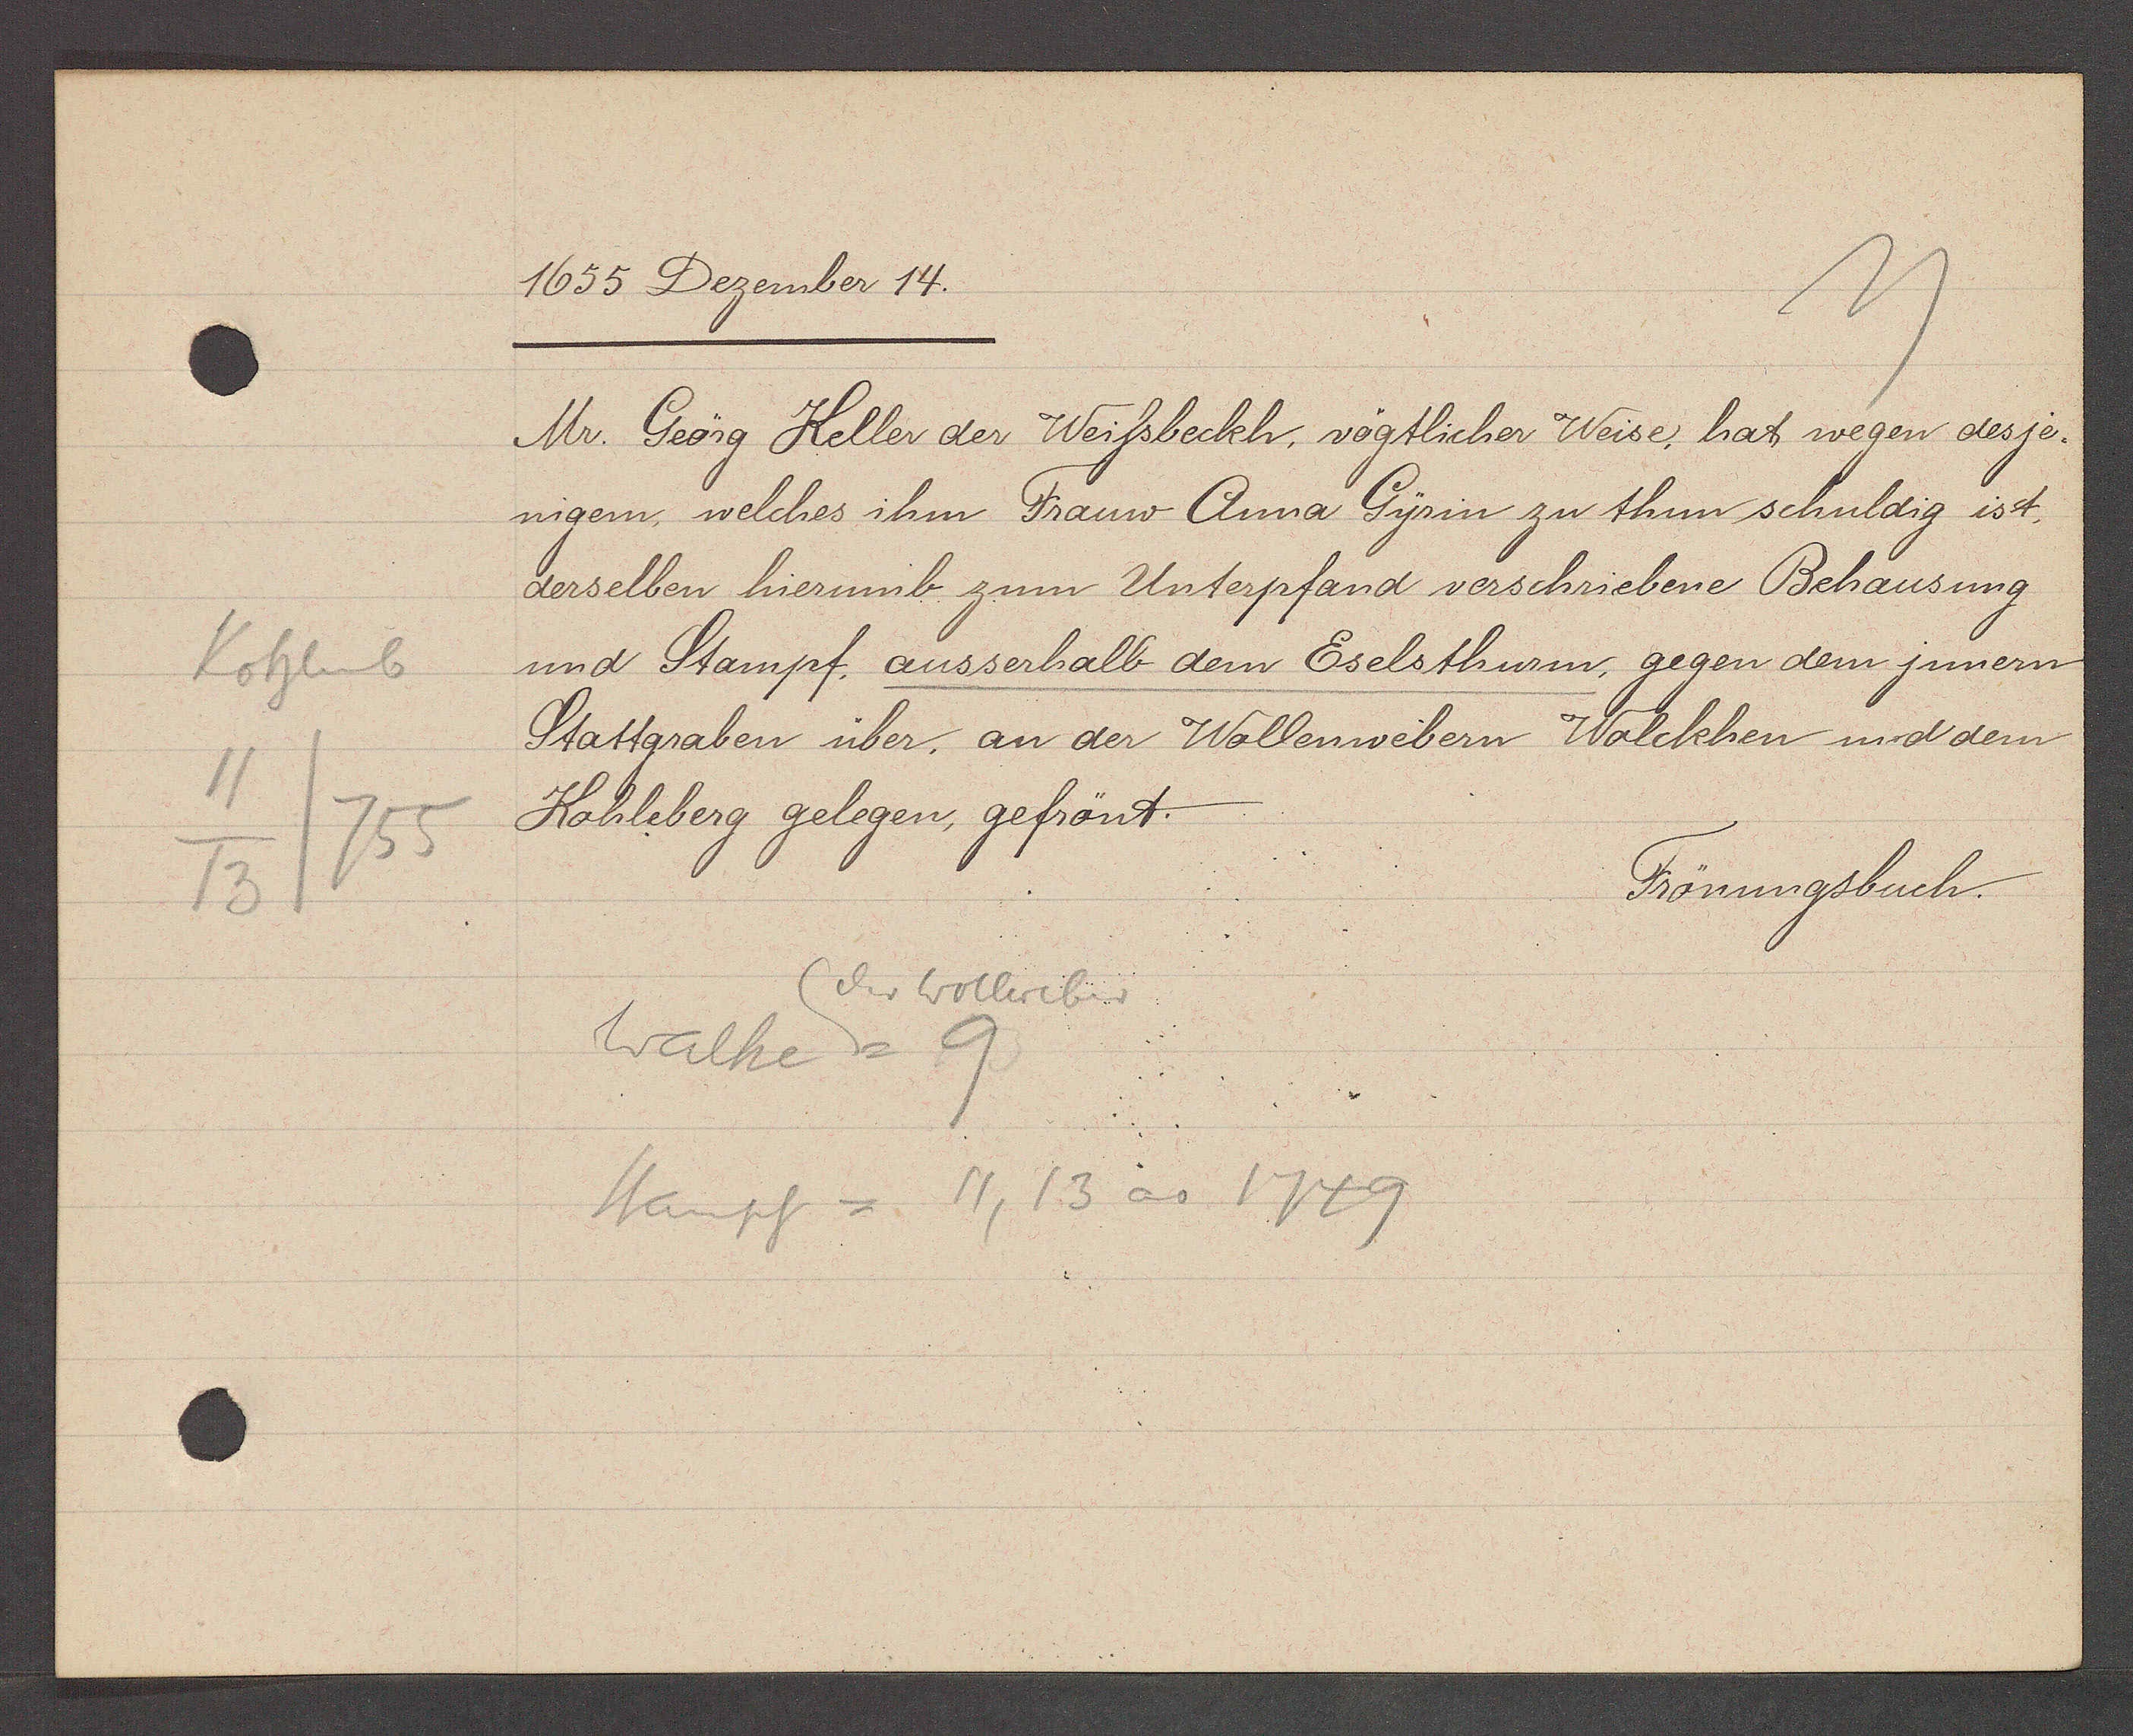
Transcript:
Kohleb
11
755
13

1655 Dezember 14.

Mr. Geörg Keller der Weissbeckh, vögtlicher Weise, hat wegen des je¬
nigem, welches ihm Frauw Anna Gysin zu thun schuldig ist.
derselben hierumb zum Unterpfand verschriebene Behausung
und Stampf, ausserhalb dem Eselsthurn, gegen dem jnnern
Stattgraben über, an der Wollenwebern Wolckhen und dem
Kohleberg gelegen, gefrönt.

Frönungsbuch.

der Wollweber
Walhe = 9
Stampf = 11, 13 ao 1749